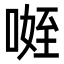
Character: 𭉐